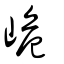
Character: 峗